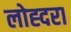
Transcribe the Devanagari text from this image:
लोह्दरा